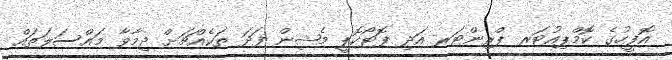
އޮފީހުގެ ކޮމްޕިއުޓަރ ޕްރިންޓަރ އަދި ފޮޓޯކޮޕީ މެޝިން ފަދަ ތަކެއްޗަށް ދިމާވާ މައްސަލަތައް